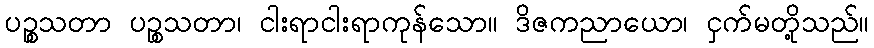
ပဉ္စသတာ ပဉ္စသတာ၊ ငါးရာငါးရာကုန်သော။ ဒိဇကညာယော၊ ငှက်မတို့သည်။